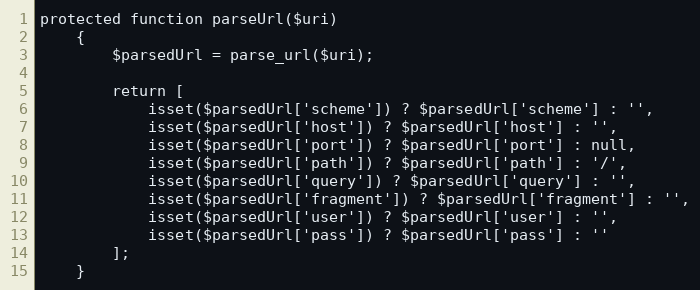
Language: PHP
protected function parseUrl($uri)
    {
        $parsedUrl = parse_url($uri);

        return [
            isset($parsedUrl['scheme']) ? $parsedUrl['scheme'] : '',
            isset($parsedUrl['host']) ? $parsedUrl['host'] : '',
            isset($parsedUrl['port']) ? $parsedUrl['port'] : null,
            isset($parsedUrl['path']) ? $parsedUrl['path'] : '/',
            isset($parsedUrl['query']) ? $parsedUrl['query'] : '',
            isset($parsedUrl['fragment']) ? $parsedUrl['fragment'] : '',
            isset($parsedUrl['user']) ? $parsedUrl['user'] : '',
            isset($parsedUrl['pass']) ? $parsedUrl['pass'] : ''
        ];
    }